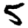
Digit: 5